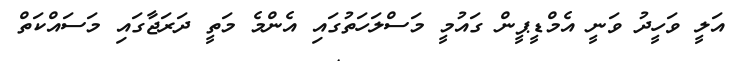
އަލީ ވަހީދު ވަނީ އެމްޑީޕީން ގައުމީ މަސްލަހަތުގައި އެންމެ މަތީ ދަރަޖާގައި މަސައްކަތް